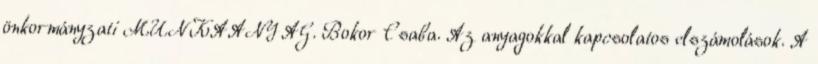
önkormányzati MUNKAANYAG. Bokor Csaba. Az anyagokkal kapcsolatos elszámolások. A